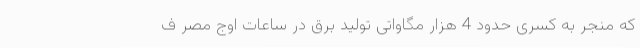
که منجر به کسری حدود 4 هزار مگاواتی تولید برق در ساعات اوج مصر ف